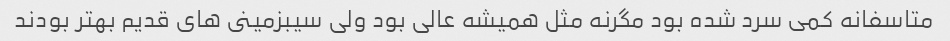
متاسفانه کمى سرد شده بود مگرنه مثل همیشه عالى بود ولى سیبزمینى هاى قدیم بهتر بودند